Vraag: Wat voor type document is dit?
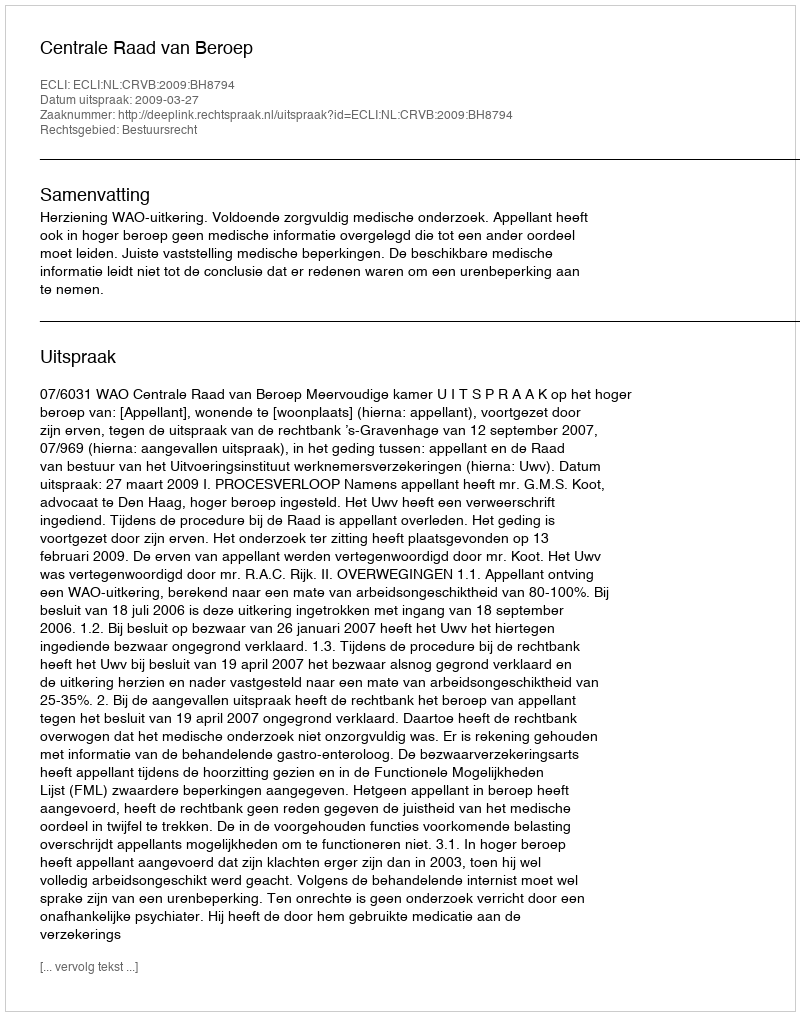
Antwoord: Uitspraak